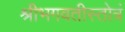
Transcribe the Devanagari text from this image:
श्रीभगवतीस्तोत्रं